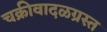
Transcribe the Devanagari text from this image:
चक्रीवादळग्रस्त